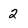
Character: 2